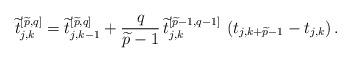
LaTeX: \begin{align*}\widetilde{t}_{j,k}^{\left[\widetilde{p},q\right]} =\widetilde{t}_{j,k-1}^{\left[\widetilde{p},q\right]} +{q \over \widetilde{p}-1}\,\widetilde{t}_{j,k}^{\left[\widetilde{p}-1,q-1\right]}\,\left(t_{j,k+\widetilde{p}-1}-t_{j,k}\right).\end{align*}